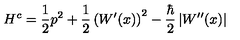
H ^ { c } = \frac { 1 } { 2 } p ^ { 2 } + \frac { 1 } { 2 } \left( W ^ { \prime } ( x ) \right) ^ { 2 } - \frac { \hbar } { 2 } \left| W ^ { \prime \prime } ( x ) \right|